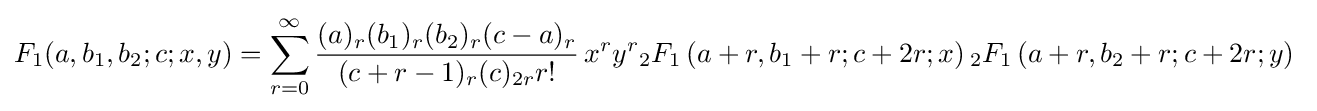
F_{1}(a,b_{1},b_{2};c;x,y)=\sum _{r=0}^{\infty }{\frac {(a)_{r}(b_{1})_{r}(b_{2})_{r}(c-a)_{r}}{(c+r-1)_{r}(c)_{2r}r!}}\,x^{r}y^{r}{}_{2}F_{1}\left(a+r,b_{1}+r;c+2r;x\right){}_{2}F_{1}\left(a+r,b_{2}+r;c+2r;y\right)~